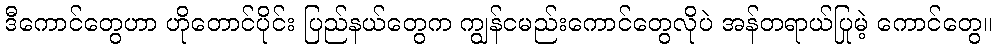
ဒီကောင်တွေဟာ ဟိုတောင်ပိုင်း ပြည်နယ်တွေက ကျွန်ငမည်းကောင်တွေလိုပဲ အန်တရာယ်ပြုမဲ့ ကောင်တွေ။